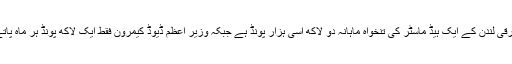
آج مشرقی لندن کے ایک ہیڈ ماسٹر کی تنخواہ ماہانہ دو لاکھ اسی ہزار پونڈ ہے جبکہ وزیر اعظم ڈیوڈ کیمرون فقط ایک لاکھ پونڈ ہر ماہ پاتے ہیں۔